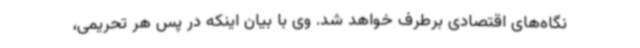
نگاه‌های اقتصادی برطرف خواهد شد. وی با بیان اینکه در پس هر تحریمی،